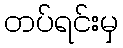
တပ်ရင်းမှ